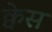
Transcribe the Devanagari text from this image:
क्वेस